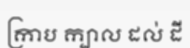
ក្រាប ក្បាល ដល់ ដី